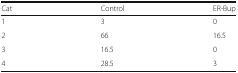
| Cat | Control | ER-Bup |
 | --- | --- | --- |
 | 1 | 3 | 0 |
 | 2 | 66 | 16.5 |
 | 3 | 16.5 | 0 |
 | 4 | 28.5 | 3 |